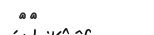
٨٦